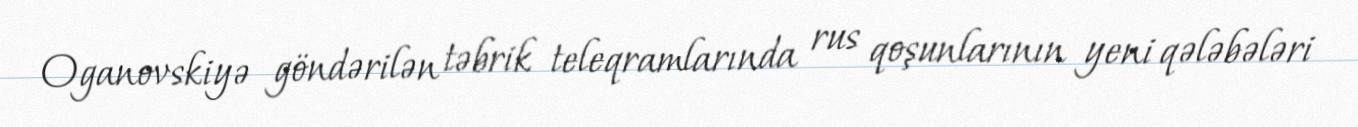
Oganovskiyə göndərilən təbrik teleqramlarında rus qoşunlarının yeni qələbələri